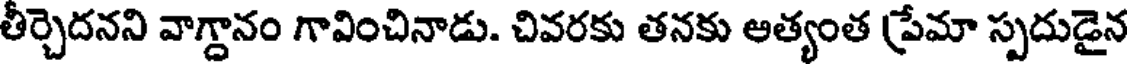
తీర్చెదనని వాగ్దానం గావించినాడు. చివరకు తనకు ఆత్యంత (ప్రేమా స్పదుడైన